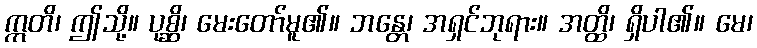
ဣတိ၊ ဤသို့။ ပုစ္ဆိ၊ မေးတော်မူ၏။ ဘန္တေ၊ အရှင်ဘုရား။ အတ္ထိ၊ ရှိပါ၏။ မေ၊